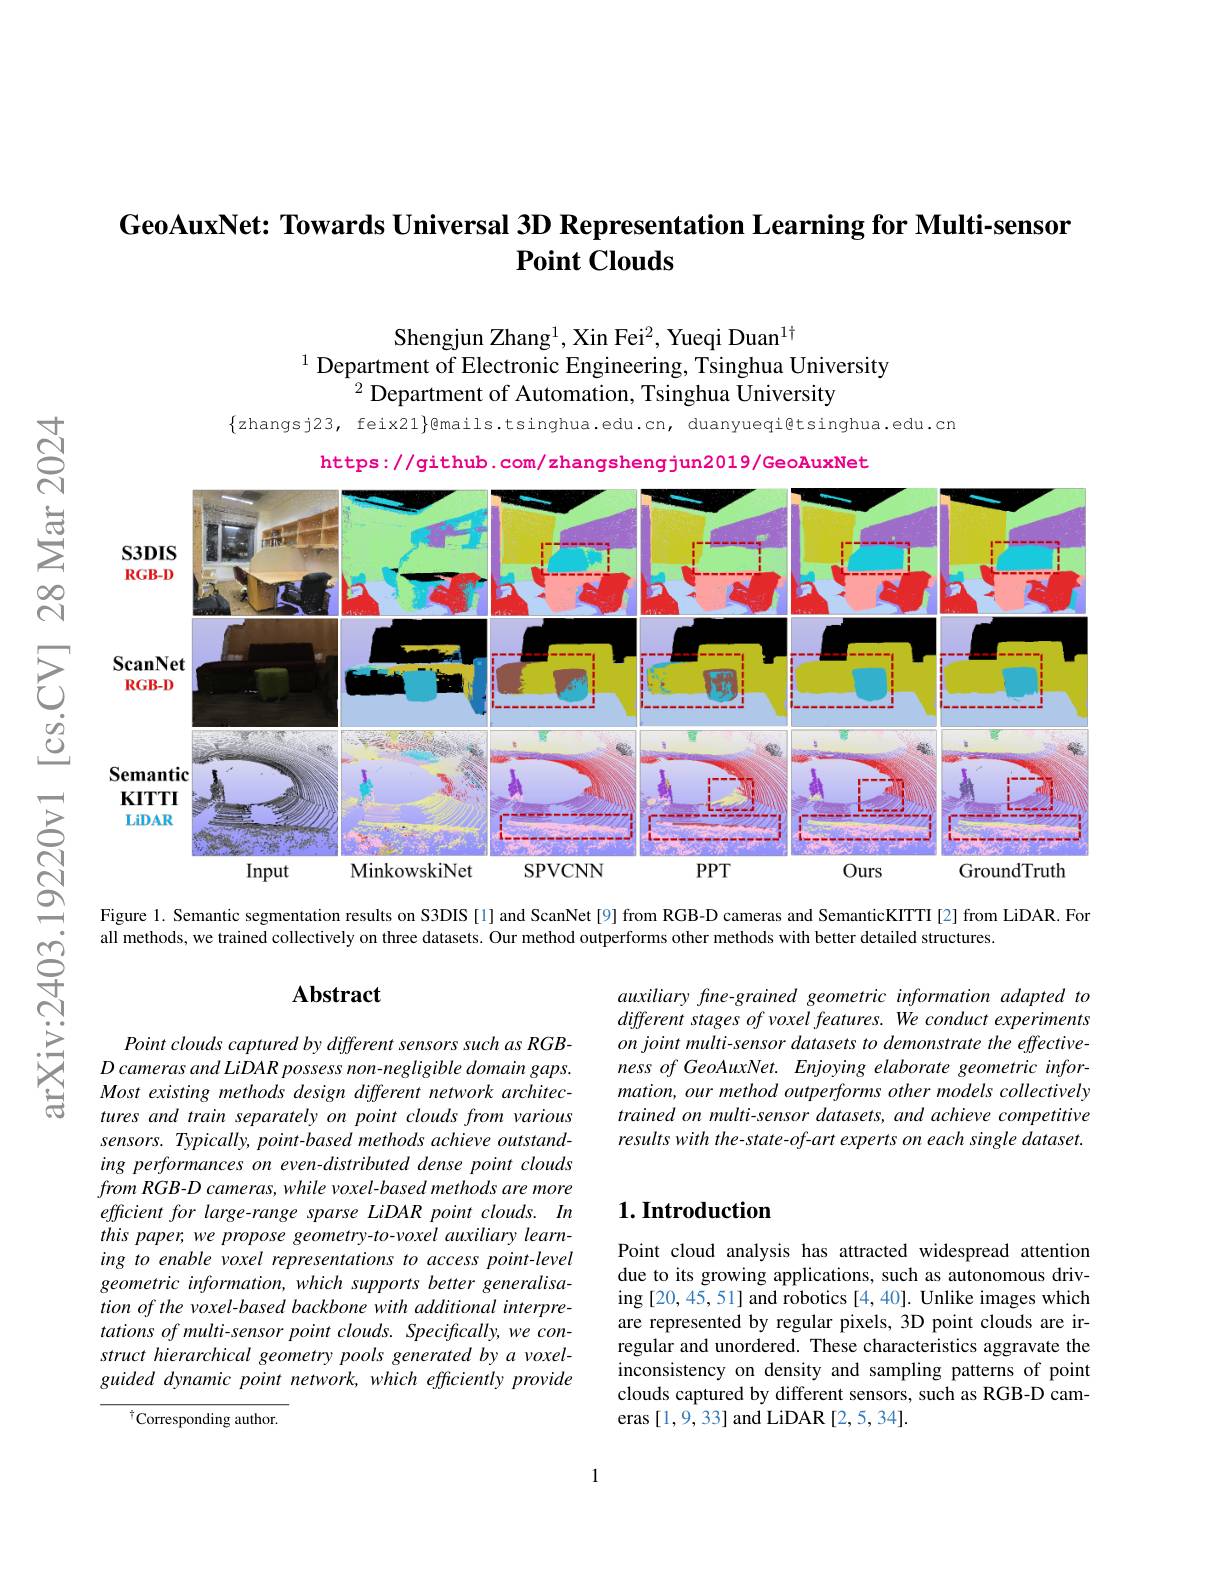
GeoAuxNet: Towards Universal 3D Representation Learning for Multi-sensor
## $\textbf{Point Clouds}$

Shengjun Zhang$^{1}$, Xin Fei$^2$, Yueqi Duan$^{1\dagger}$
$^{1}$Department of Electronic Engineering, Tsinghua University
$^{2}$Department of Automation, Tsinghua University

$\{$zhangsj23, feix21}gmails.tsinghua.edu.cn, duanyueqi@tsinghua.edu.cn

$ਨ੍ਰੋ$
https://github.com/zhangshengjun2019/GeoAuxNet
$സ്റെ$
<FigureHere>
$উত্ত্র$ $స్రై$

Figure 1. Semantic segmentation results on S3DIS[1] and ScanNet[9] from RGB-D cameras and SemanticKITTI[2]from LiDAR. For

all methods, we trained collectively on three datasets. Our method outperforms other methods with better detailed structures.

### $\mathbf{Abstract}$

arXiv:2403

auxiliary fine-grained geometric information adapted to different stages of voxel features. We conduct experiments on joint multi-sensor datasets to demonstrate the effectiveness of GeoAuxNet. Enjoying elaborate geometric information, our method outperforms other models collectively trained on multi-sensor datasets, and achieve competitive results with the-state-of-art experts on each single dataset.

### $1. \textbf{Introduction}$

Point clouds captured by different sensors such as RGB- $D\textit{cameras and LiDAR possess non- negligible domain gaps. }$ Most existing methods design different network architectures and train separately on point clouds from various sensors. Typically, point-based methods achieve outstanding performances on even-distributed dense point clouds $fromRGB-D$ cameras, while voxel-based methods are more efficient for large-range sparse LiDAR point clouds. In this paper, we propose geometry-to-voxel auxiliary learning to enable voxel representations to access point-level geometric information, which supports better generalisation of the voxel-based backbone with additional interpre- $tationsofmulti-sensorpointclouds.Specifically,wecon-$ struct hierarchical geometry pools generated by a voxelguided dynamic point network, which efficiently provide

Point cloud analysis has attracted widespread attention due to its growing applications, such as autonomous driving [20,45,51] and robotics [4,40]. Unlike images which are represented by regular pixels, 3D point clouds are irregular and unordered. These characteristics aggravate the inconsistency on density and sampling patterns of point clouds captured by different sensors, such as RGB-D cameras [1,9,33] and LiDAR [2,5,34].

$^{\dagger}$Corresponding author.